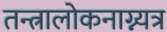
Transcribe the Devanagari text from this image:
तन्त्रालोकनाग्न्यत्र